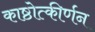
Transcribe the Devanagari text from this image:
काष्ठोत्कीर्णन